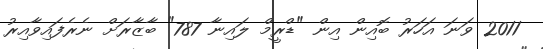
2011 ވަނަ އަހަރު ބޮއިން އިން "ޑްރީމް ލައިނާ 787" ބާޒާރަށް ނެރެފައިވާއިރު